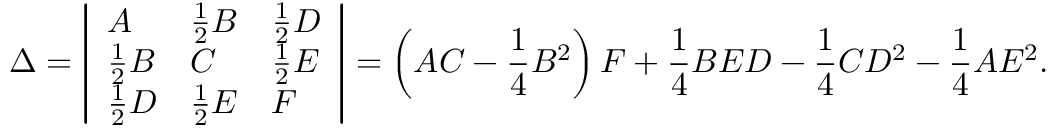
\Delta = { \left| \begin{array} { l l l } { A } & { { \frac { 1 } { 2 } } B } & { { \frac { 1 } { 2 } } D } \\ { { \frac { 1 } { 2 } } B } & { C } & { { \frac { 1 } { 2 } } E } \\ { { \frac { 1 } { 2 } } D } & { { \frac { 1 } { 2 } } E } & { F } \end{array} \right| } = \left( A C - { \frac { 1 } { 4 } } B ^ { 2 } \right) F + { \frac { 1 } { 4 } } B E D - { \frac { 1 } { 4 } } C D ^ { 2 } - { \frac { 1 } { 4 } } A E ^ { 2 } .